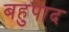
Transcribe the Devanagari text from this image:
बहुपाद